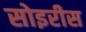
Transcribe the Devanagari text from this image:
सोइरीस